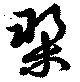
槊